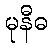
မုနီဓ